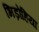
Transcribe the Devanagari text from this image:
भिड़ोहिया